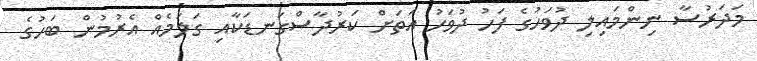
މަދަރުސާ ނިންމައިލި ދުވަހުގެ ފަހު ދުވަހު އަތަށް ކަރުދާސްގަނޑަކާއި ގަލަމެއް އެރުމުން ބަހުގެ